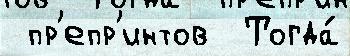
 пр'епр'интов  Тогда́